65_HS1-834228961_62-HQ-83894_Section_3
Agency: FBI
Page 132
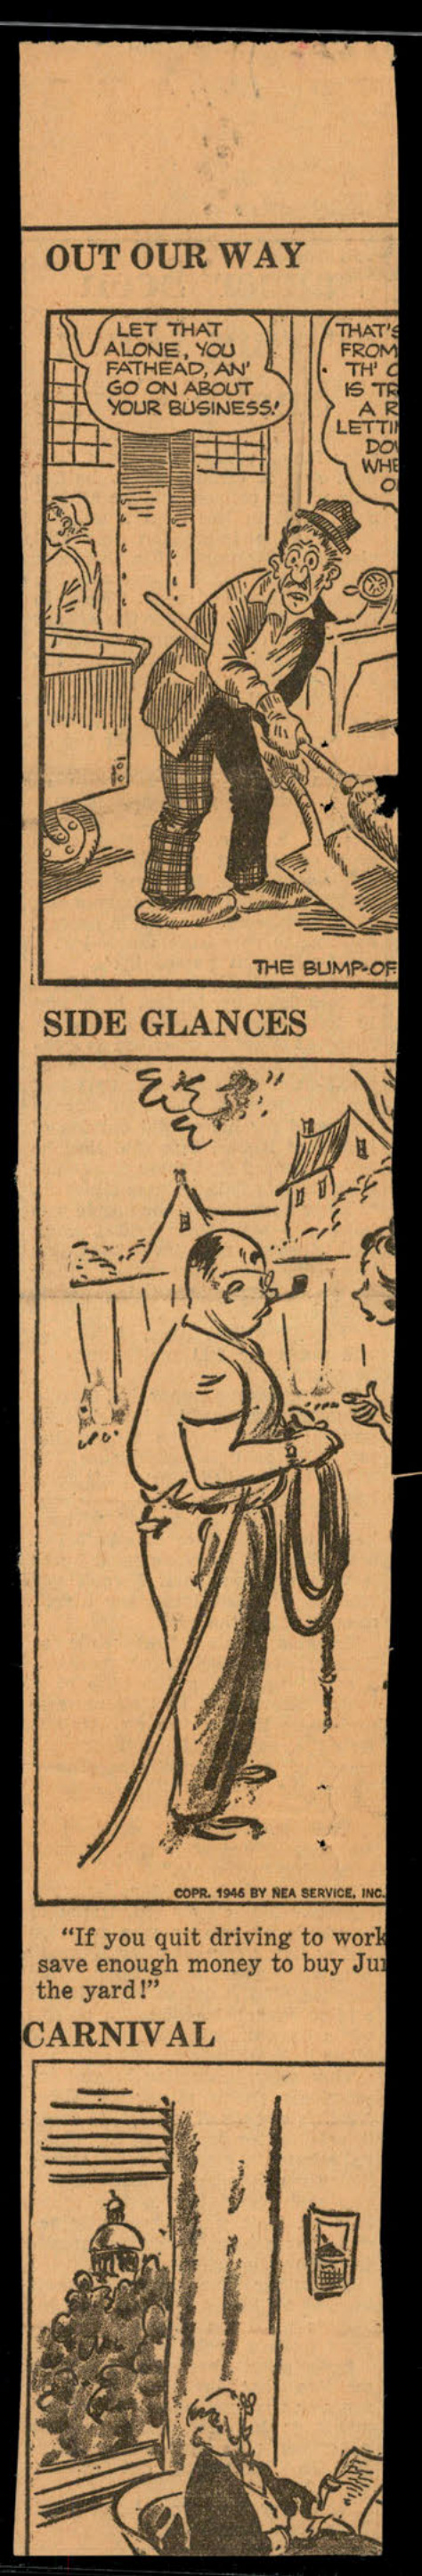